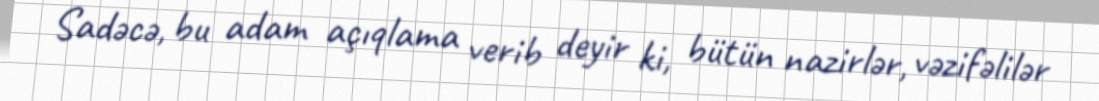
Sadəcə, bu adam açıqlama verib deyir ki, bütün nazirlər, vəzifəlilər